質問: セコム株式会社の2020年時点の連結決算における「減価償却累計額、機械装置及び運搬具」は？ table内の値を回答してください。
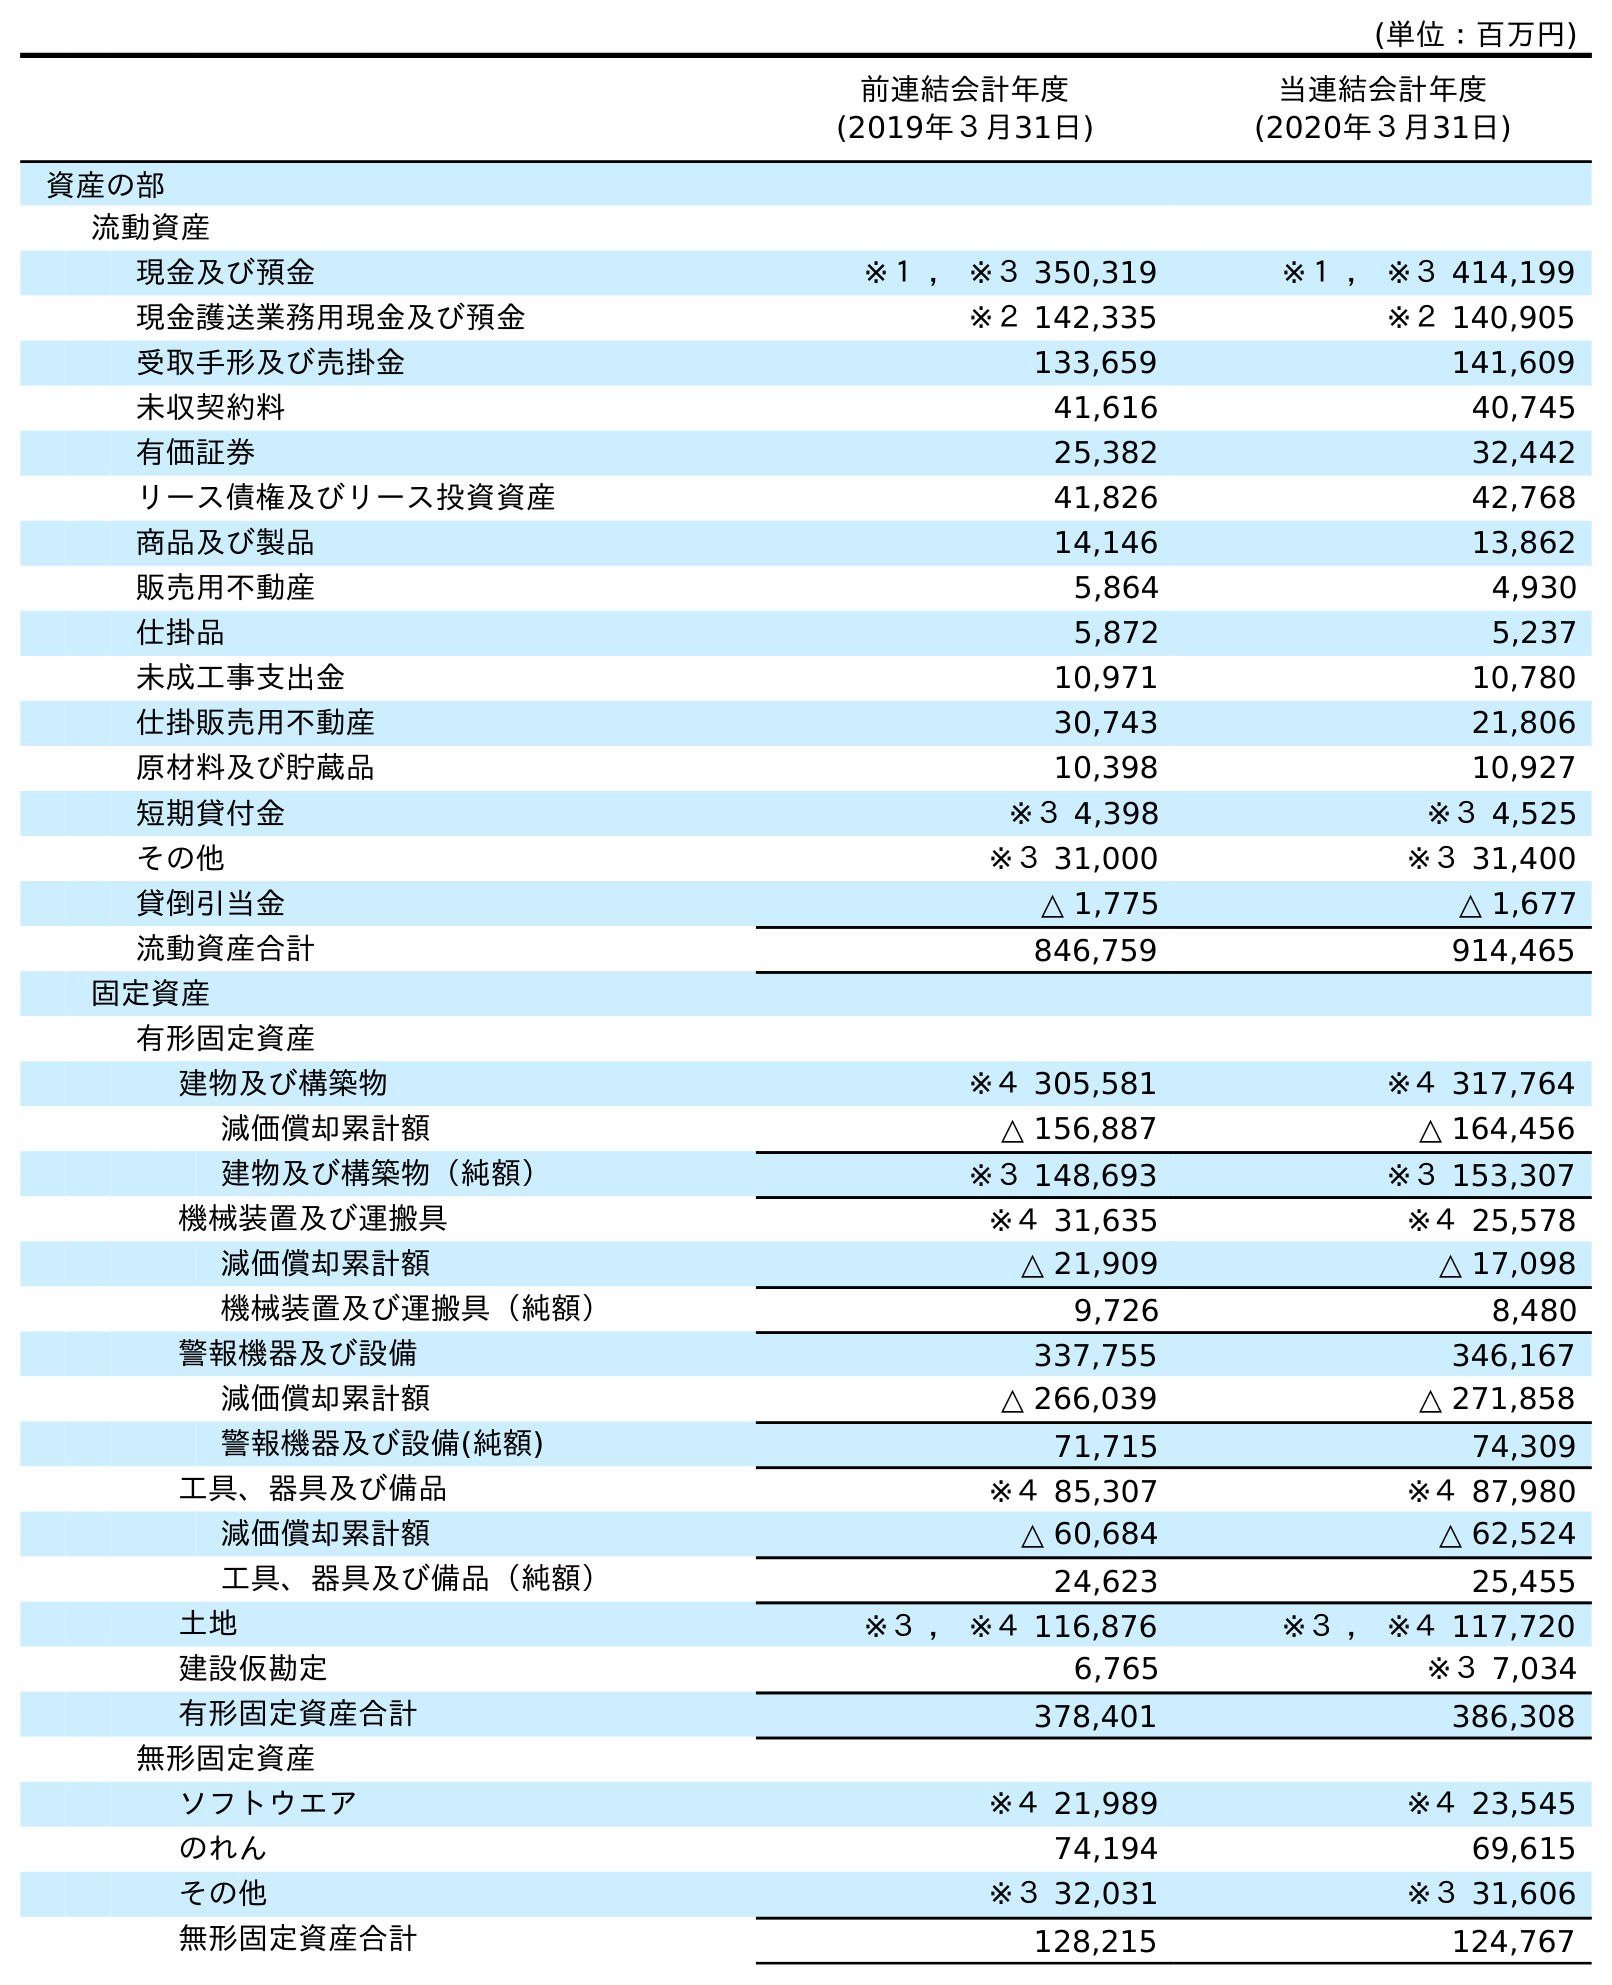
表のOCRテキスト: (単位：百万円) 前連結会計年度 (2019年３月31日) 当連結会計年度 (2020年３月31日) 資産の部 流動資産 現金及び預金 ※１ ， ※３ 350,319 ※１ ， ※３ 414,199 現金護送業務用現金及び預金 ※２ 142,335 ※２ 140,905 受取手形及び売掛金 133,659 141,609 未収契約料 41,616 40,745 有価証券 25,382 32,442 リース債権及びリース投資資産 41,826 42,768 商品及び製品 14,146 13,862 販売用不動産 5,864 4,930 仕掛品 5,872 5,237 未成工事支出金 10,971 10,780 仕掛販売用不動産 30,743 21,806 原材料及び貯蔵品 10,398 10,927 短期貸付金 ※３ 4,398 ※３ 4,525 その他 ※３ 31,000 ※３ 31,400 貸倒引当金 △ 1,775 △ 1,677 流動資産合計 846,759 914,465 固定資産 有形固定資産 建物及び構築物 ※４ 305,581 ※４ 317,764 減価償却累計額 △ 156,887 △ 164,456 建物及び構築物（純額） ※３ 148,693 ※３ 153,307 機械装置及び運搬具 ※４ 31,635 ※４ 25,578 減価償却累計額 △ 21,909 △ 17,098 機械装置及び運搬具（純額） 9,726 8,480 警報機器及び設備 337,755 346,167 減価償却累計額 △ 266,039 △ 271,858 警報機器及び設備(純額) 71,715 74,309 工具、器具及び備品 ※４ 85,307 ※４ 87,980 減価償却累計額 △ 60,684 △ 62,524 工具、器具及び備品（純額） 24,623 25,455 土地 ※３ ， ※４ 116,876 ※３ ， ※４ 117,720 建設仮勘定 6,765 ※３ 7,034 有形固定資産合計 378,401 386,308 無形固定資産 ソフトウエア ※４ 21,989 ※４ 23,545 のれん 74,194 69,615 その他 ※３ 32,031 ※３ 31,606 無形固定資産合計 128,215 124,767
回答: △17,098